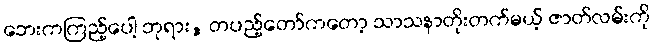
ဘေးကကြည့်ပေါ့ ဘုရား, တပည့်တော်ကတော့ သာသနာတိုးတက်မယ့် ဇာတ်လမ်းကို